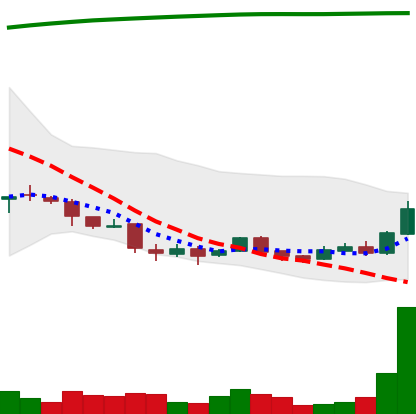
Ticker: DOGE-USD
Chart end date: 2018-04-11
Forward return: 35.012%
Label: up_7plus